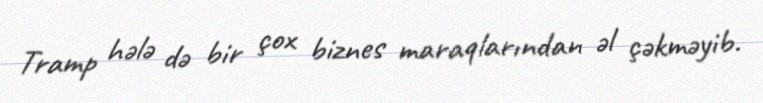
Tramp hələ də bir çox biznes maraqlarından əl çəkməyib.